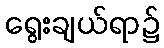
ရွေးချယ်ရာ၌